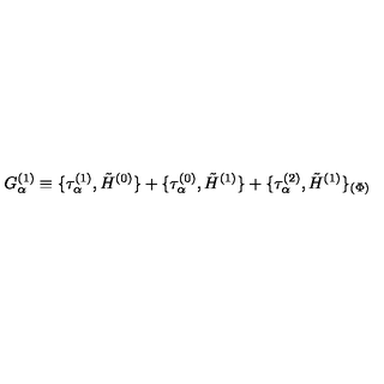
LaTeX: G _ { \alpha } ^ { ( 1 ) } \equiv \{ \tau _ { \alpha } ^ { ( 1 ) } , \tilde { H } ^ { ( 0 ) } \} + \{ \tau _ { \alpha } ^ { ( 0 ) } , \tilde { H } ^ { ( 1 ) } \} + \{ \tau _ { \alpha } ^ { ( 2 ) } , \tilde { H } ^ { ( 1 ) } \} _ { ( \Phi ) } \nonumber